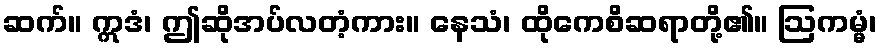
ဆက်။ ဣဒံ၊ ဤဆိုအပ်လတံ့ကား။ နေသံ၊ ထိုကေစိဆရာတို့၏။ ဩကမ္မံ၊